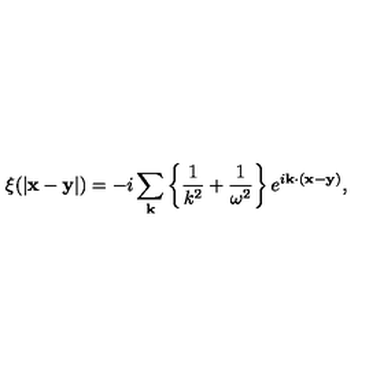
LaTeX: \xi ( | { \bf x - y } | ) = - i \sum _ { \bf k } { \left\{ \frac { 1 } { k ^ { 2 } } + \frac { 1 } { \omega ^ { 2 } } \right\} e ^ { i { \bf k \cdot ( x - y ) } } } ,